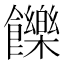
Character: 𩟧